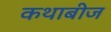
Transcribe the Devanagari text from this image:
कथाबीज